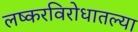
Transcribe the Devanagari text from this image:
लष्करविरोधातल्या